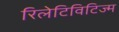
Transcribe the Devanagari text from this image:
रिलेटिविटिज्म